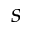
s